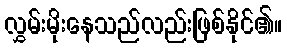
လွှမ်းမိုးနေသည်လည်းဖြစ်နိုင်၏။